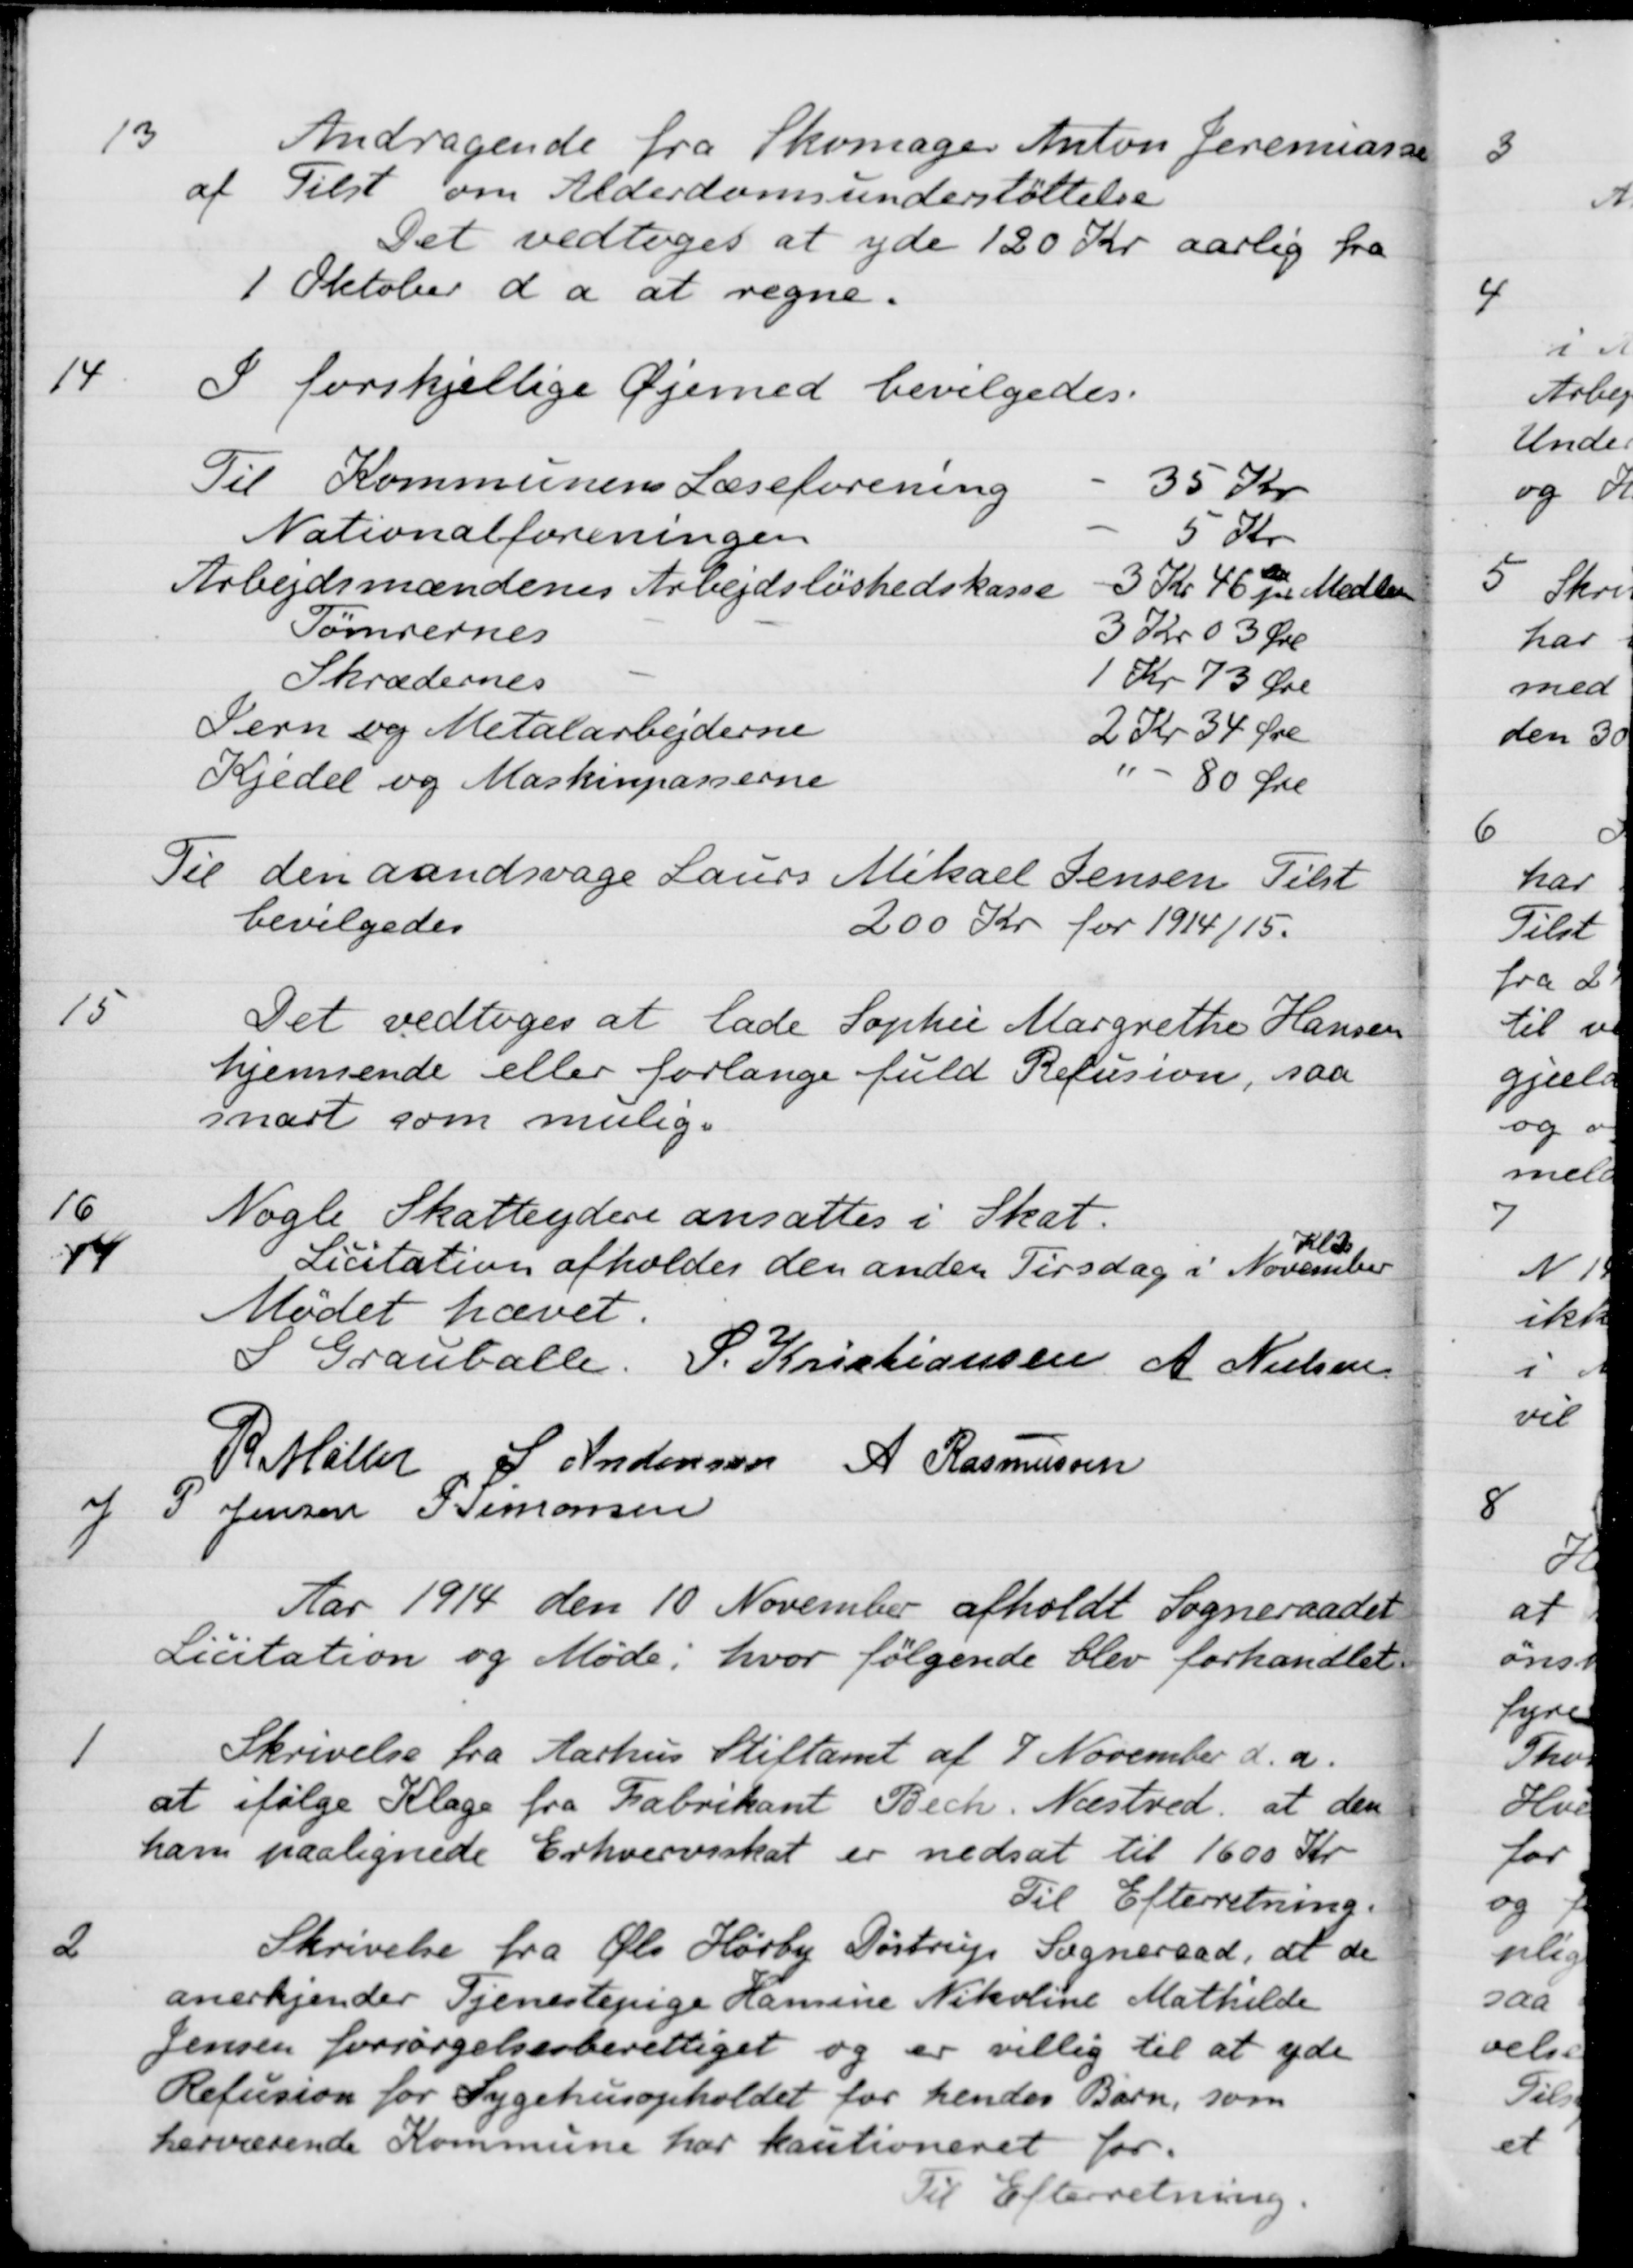
Transskription:
13
Andragende fra Skomager Anton Jeremiassen
af Tilst om Alderdomsunderstøttelse
Det vedtoges at yde 120 Kr aarlig fra
1 Oktober d a at regne.
14
I forskjellige Øjemed bevilgedes.
Til Kommunens Læseforening
35 Kr.
Nationalforeningen
5 Kr.
Arbejdsmændenes Arbejdsløshedskasse
A3 Kr 46 Øre pr Medlem
Tømrernes
3 Kr 03 Øre
Skrædernes
1 Kr. 73 Øre
Jern og Metalarbejderne
2 Kr 34 Øre
Kjedel og Maskinpasserne
80 Øre
Til den aandsvage Laurs Mikael Jensen Tilst
bevilgedes
200 Kr for 1914/15.
15
Det vedtoges at lade Sophie Margrethe Hansen
hjemsende eller forlange fuld Refusion, saa
snart som mulig.
16
Nogle Skatteydere ansattes i Skat.
Licitation afholdes den anden Tirsdag i November
Kl 2
Mødet hævet.
S Grauballe. P. Kristiansen A. Nielsen
R. Møller
S Andersen
A Rasmussen
J P Jensen
P. Simonsen
Aar 1914 den 10 November afholdt Sogneraadet
Licitation og Møde, hvor følgende blev forhandlet
1
Skrivelse fra Aarhus Stiftamt af 7 November d.a.
at ifølge Klage fra Fabrikant Bech. Næstved, at den
ham paalignede Erhvervsskat er nedsat til 1600 Kr
Til Efterretning.
2
Skrivelse fra Ols Hørby Døstrup Sogneraad, at de
anerkjender Tjenestepige Hansine Nikoline Mathilde
Jensen forsørgelsesberettiget og er villig til at yde
Refusion for Sygehusopholdet for hendes Barn, som
herværende Kommune har kautioneret for.
Til Efterretning